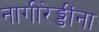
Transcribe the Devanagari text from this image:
नागीरेड्डींना